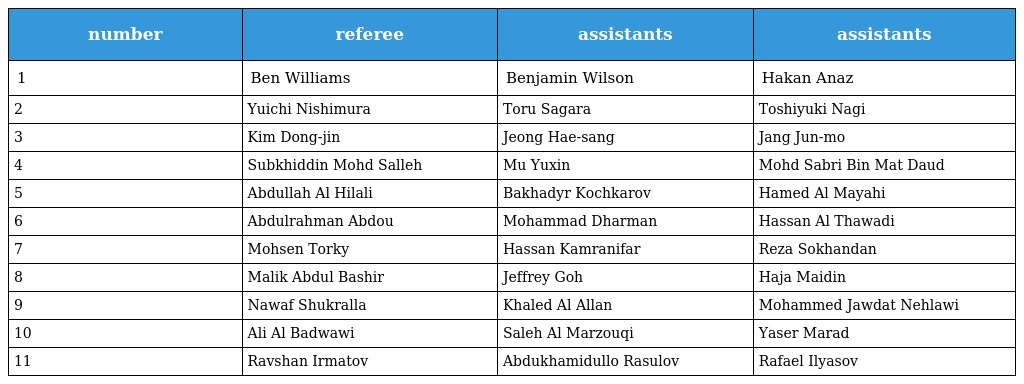
| number | referee | assistants | assistants |
 | --- | --- | --- | --- |
 | 1 | Ben Williams | Benjamin Wilson | Hakan Anaz |
 | 2 | Yuichi Nishimura | Toru Sagara | Toshiyuki Nagi |
 | 3 | Kim Dong-jin | Jeong Hae-sang | Jang Jun-mo |
 | 4 | Subkhiddin Mohd Salleh | Mu Yuxin | Mohd Sabri Bin Mat Daud |
 | 5 | Abdullah Al Hilali | Bakhadyr Kochkarov | Hamed Al Mayahi |
 | 6 | Abdulrahman Abdou | Mohammad Dharman | Hassan Al Thawadi |
 | 7 | Mohsen Torky | Hassan Kamranifar | Reza Sokhandan |
 | 8 | Malik Abdul Bashir | Jeffrey Goh | Haja Maidin |
 | 9 | Nawaf Shukralla | Khaled Al Allan | Mohammed Jawdat Nehlawi |
 | 10 | Ali Al Badwawi | Saleh Al Marzouqi | Yaser Marad |
 | 11 | Ravshan Irmatov | Abdukhamidullo Rasulov | Rafael Ilyasov |